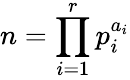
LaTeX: n=\prod_{i=1}^{r}p_{i}^{a_{i}}